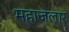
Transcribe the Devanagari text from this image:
महाजलार